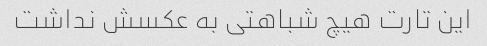
این تارت هیچ شباهتی به عکسش نداشت